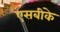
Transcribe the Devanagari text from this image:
एसबीके